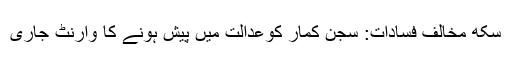
سکھ مخالف فسادات: سجن کمار کوعدالت میں پیش ہونے کا وارنٹ جاری